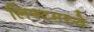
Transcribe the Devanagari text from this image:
लिफ्टमध्ये